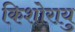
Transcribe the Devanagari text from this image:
किशोरायु